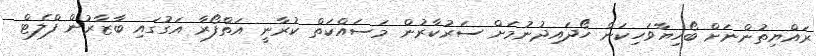
ރައްޔިތުންނަށް ބޯހިޔާވަހިކަން ހޯދައިދުނުމަށް ސަރުކާރުން މަސައްކަތް ކުރާނީ އަތްފޯރާ އަގުގައި ބާޒާރުން ފްލެޓް